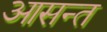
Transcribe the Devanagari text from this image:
आसन्त